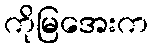
ကိုမြအေးက